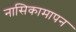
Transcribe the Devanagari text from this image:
नासिकामापन